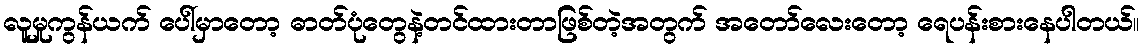
လူမှုကွန်ယက် ပေါ်မှာတော့ ဓာတ်ပုံတွေနဲ့တင်ထားတာဖြစ်တဲ့အတွက် အတော်လေးတော့ ရေပန်းစားနေပါတယ်။